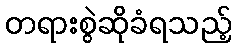
တရားစွဲဆိုခံရသည့်